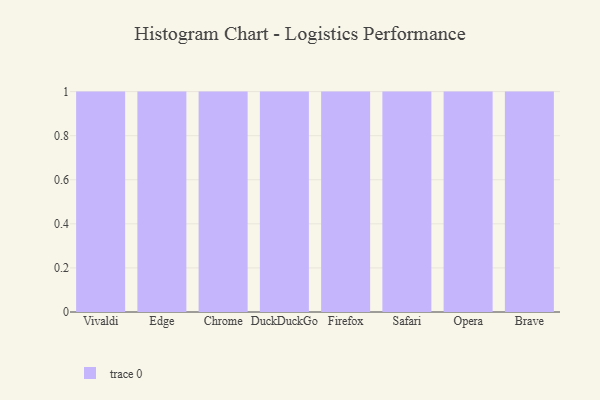
{"axis": {"x": "Browser", "y": "Waste Production (Tons)"}, "legend": [""], "data": [{"x": "Vivaldi", "y": 21, "type": ""}, {"x": "Edge", "y": 59, "type": ""}, {"x": "Chrome", "y": 16, "type": ""}, {"x": "DuckDuckGo", "y": 22, "type": ""}, {"x": "Firefox", "y": 61, "type": ""}, {"x": "Safari", "y": 19, "type": ""}, {"x": "Opera", "y": 92, "type": ""}, {"x": "Brave", "y": 23, "type": ""}]}